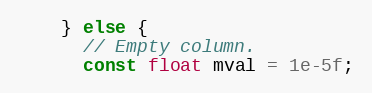
Language: C++
    } else {
      // Empty column.
      const float mval = 1e-5f;